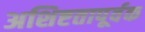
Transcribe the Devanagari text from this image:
अशिष्टतापूर्वक